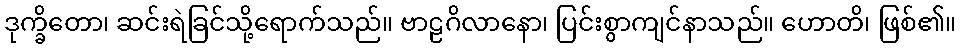
ဒုက္ခိတော၊ ဆင်းရဲခြင်သို့ရောက်သည်။ ဗာဠဂိလာနော၊ ပြင်းစွာကျင်နာသည်။ ဟောတိ၊ ဖြစ်၏။